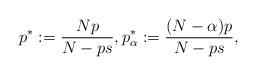
LaTeX: \begin{align*}p^*:=\frac{Np}{N-ps},p^*_\alpha:=\frac{(N-\alpha)p}{N-ps},\end{align*}